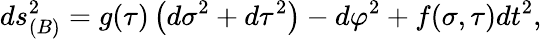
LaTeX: ds_{(B)}^{2}=g(\tau)\left(d\sigma^{2}+d\tau^{2}\right)-d\varphi^{2}+f(\sigma,\tau)dt^{2},